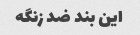
این بند ضد زنگه